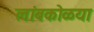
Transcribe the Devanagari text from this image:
लांबकोळया